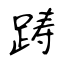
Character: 踌